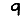
Digit: 9